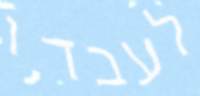
לעבדו